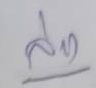
ล่าง